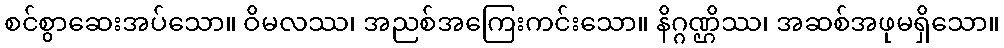
စင်စွာဆေးအပ်သော။ ဝိမလဿ၊ အညစ်အကြေးကင်းသော။ နိဂ္ဂဏ္ဌိဿ၊ အဆစ်အဖုမရှိသော။